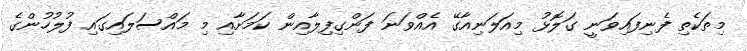
މިތަކެތި ފެނިފައިވަނީ ގަލޮޅު މިއަލަނިއާގޭ އެއްވަނަ ފަންގިފިލާއިން ކަމަށާއި މި މައްސަލައިގައި ފުލުހުންގެ